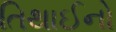
તિથાઈનો